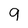
Character: q